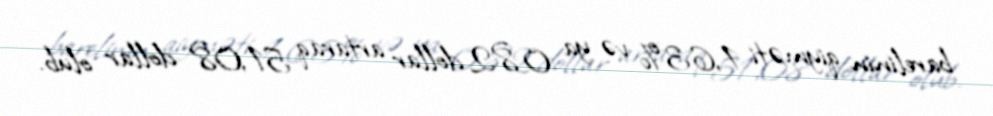
barelinin qiyməti 1,63% və ya 0,82 dollar artaraq 51,08 dollar olub.